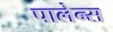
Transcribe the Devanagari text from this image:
पालेन्स